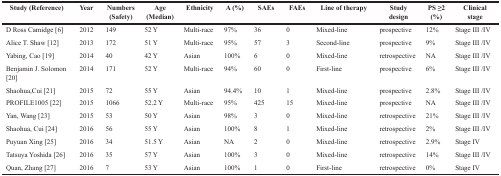
<table><thead><tr><td><b>Study (Reference)</b></td><td><b>Year</b></td><td><b>Numbers(Safety)</b></td><td><b>Age (Median)</b></td><td><b>Ethnicity</b></td><td><b>A (%)</b></td><td><b>SAEs</b></td><td><b>FAEs</b></td><td><b>Line of therapy</b></td><td><b>Study design</b></td><td><b>PS ≥2(%)</b></td><td><b>Clinical stage</b></td></tr></thead><tbody><tr><td>D Ross Camidge [6]</td><td>2012</td><td>149</td><td>52 Y</td><td>Multi-race</td><td>97%</td><td>36</td><td>0</td><td>Mixed-line</td><td>prospective</td><td>12%</td><td>Stage III /IV</td></tr><tr><td>Alice T. Shaw [12]</td><td>2013</td><td>172</td><td>51 Y</td><td>Multi-race</td><td>95%</td><td>57</td><td>3</td><td>Second-line</td><td>prospective</td><td>9%</td><td>Stage III /IV</td></tr><tr><td>Yabing, Cao [19]</td><td>2014</td><td>40</td><td>42 Y</td><td>Asian</td><td>100%</td><td>6</td><td>0</td><td>Mixed-line</td><td>retrospective</td><td>NA</td><td>Stage III /IV</td></tr><tr><td>Benjamin J. Solomon[20]</td><td>2014</td><td>171</td><td>52 Y</td><td>Multi-race</td><td>94%</td><td>60</td><td>0</td><td>First-line</td><td>prospective</td><td>6%</td><td>Stage III /IV</td></tr><tr><td>Shaohua,Cui [21]</td><td>2015</td><td>72</td><td>55 Y</td><td>Asian</td><td>94.4%</td><td>10</td><td>1</td><td>Mixed-line</td><td>prospective</td><td>2.8%</td><td>Stage III /IV</td></tr><tr><td>PROFILE1005 [22]</td><td>2015</td><td>1066</td><td>52.2 Y</td><td>Multi-race</td><td>95%</td><td>425</td><td>15</td><td>Mixed-line</td><td>prospective</td><td>NA</td><td>Stage III /IV</td></tr><tr><td>Yan, Wang [23]</td><td>2015</td><td>53</td><td>50 Y</td><td>Asian</td><td>98%</td><td>3</td><td>0</td><td>Mixed-line</td><td>retrospective</td><td>21%</td><td>Stage III /IV</td></tr><tr><td>Shaohua, Cui [24]</td><td>2016</td><td>56</td><td>55 Y</td><td>Asian</td><td>100%</td><td>8</td><td>1</td><td>Mixed-line</td><td>retrospective</td><td>2%</td><td>Stage III /IV</td></tr><tr><td>Puyuan Xing [25]</td><td>2016</td><td>34</td><td>51.5 Y</td><td>Asian</td><td>NA</td><td>2</td><td>0</td><td>Mixed-line</td><td>retrospective</td><td>2.9%</td><td>Stage IV</td></tr><tr><td>Tatsuya Yoshida [26]</td><td>2016</td><td>35</td><td>57 Y</td><td>Asian</td><td>100%</td><td>3</td><td>0</td><td>Mixed-line</td><td>retrospective</td><td>14%</td><td>Stage III /IV</td></tr><tr><td>Quan, Zhang [27]</td><td>2016</td><td>7</td><td>53 Y</td><td>Asian</td><td>100%</td><td>1</td><td>0</td><td>First-line</td><td>retrospective</td><td>0%</td><td>Stage IV</td></tr></tbody></table>